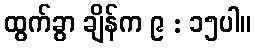
ထွက်ခွာ ချိန်က ၉ : ၁၅ပါ။